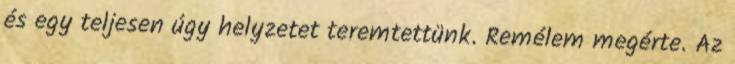
és egy teljesen úgy helyzetet teremtettünk. Remélem megérte. Az